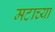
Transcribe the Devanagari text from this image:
मटाच्या